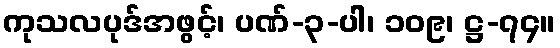
ကုသလပုဒ်အဖွင့်၊ ပဏ်-၃-ပါ၊ ၁၀၉၊ ဋ္ဌ-၇၄။